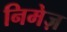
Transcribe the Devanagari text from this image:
निमेज़